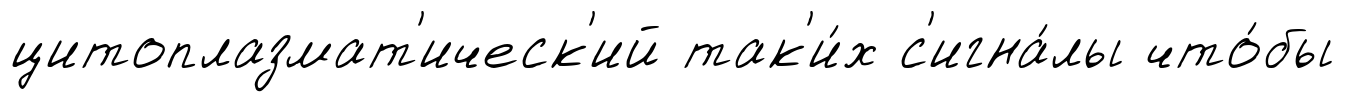
цитоплазмат'ическ'ий так'и́х с'игна́лы что́бы